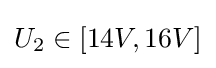
U_{2}\in [14V,16V]